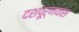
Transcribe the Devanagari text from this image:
दशपूर्णयास